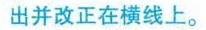
出并改正在横线上.